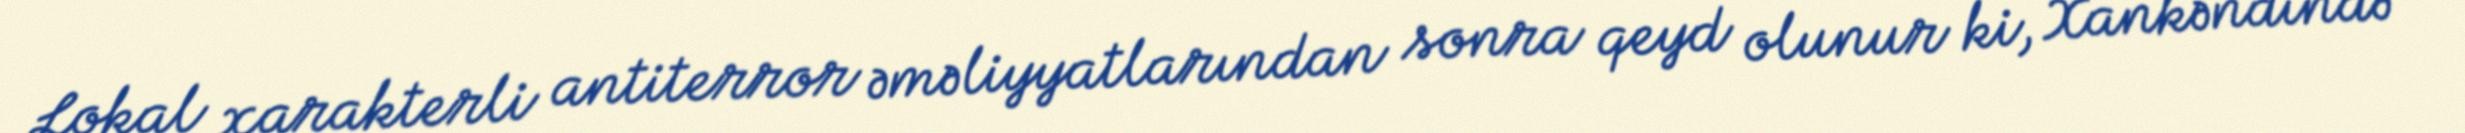
Lokal xarakterli antiterror əməliyyatlarından sonra qeyd olunur ki, Xankəndində